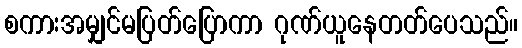
စကားအမျှင်မပြတ်ပြောကာ ဂုဏ်ယူနေတတ်ပေသည်။